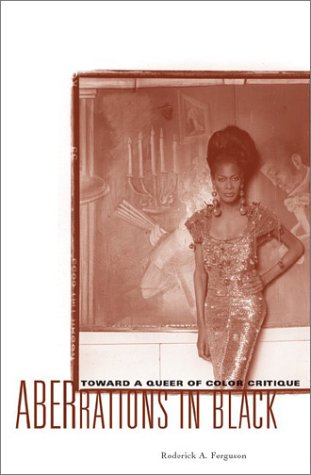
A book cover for Aberrations In Black: Toward A Queer Of Color Critique (Critical American Studies); Roderick A. Ferguson; Gay & Lesbian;